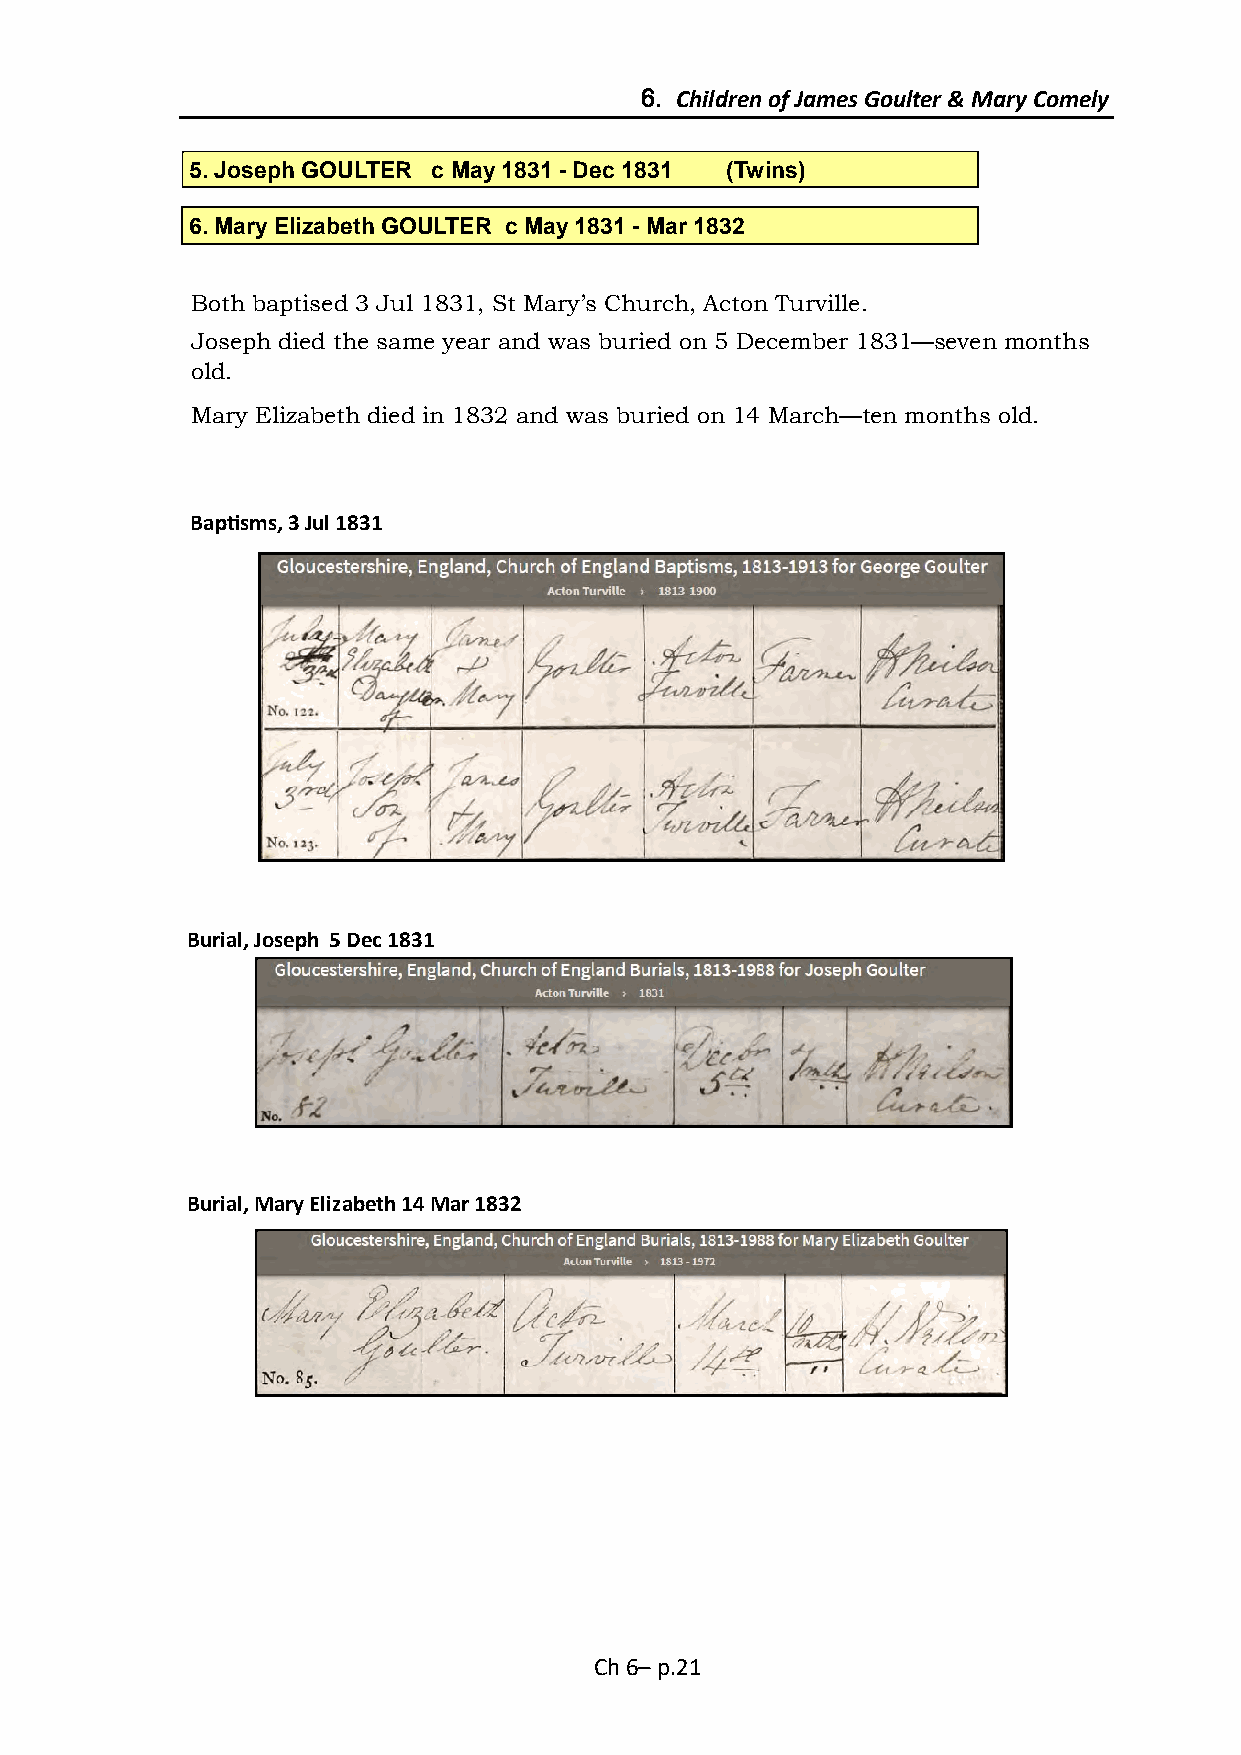
6. Children of James Goulter & Mary Comely
 5. Joseph GOULTER c May 1831 - Dec 1831 (Twins)
 6. Mary Elizabeth GOULTER c May 1831 - Mar 1832
 Both baptised 3 Jul 1831, St Mary’s Church, Acton Turville.
 Joseph died the same year and was buried on 5 December 1831—seven months
 old.
 Mary Elizabeth died in 1832 and was buried on 14 March—ten months old.
 Baptisms, 3 Jul 1831
 Burial, Joseph 5 Dec 1831
 Burial, Mary Elizabeth 14 Mar 1832
 Ch 6– p.21